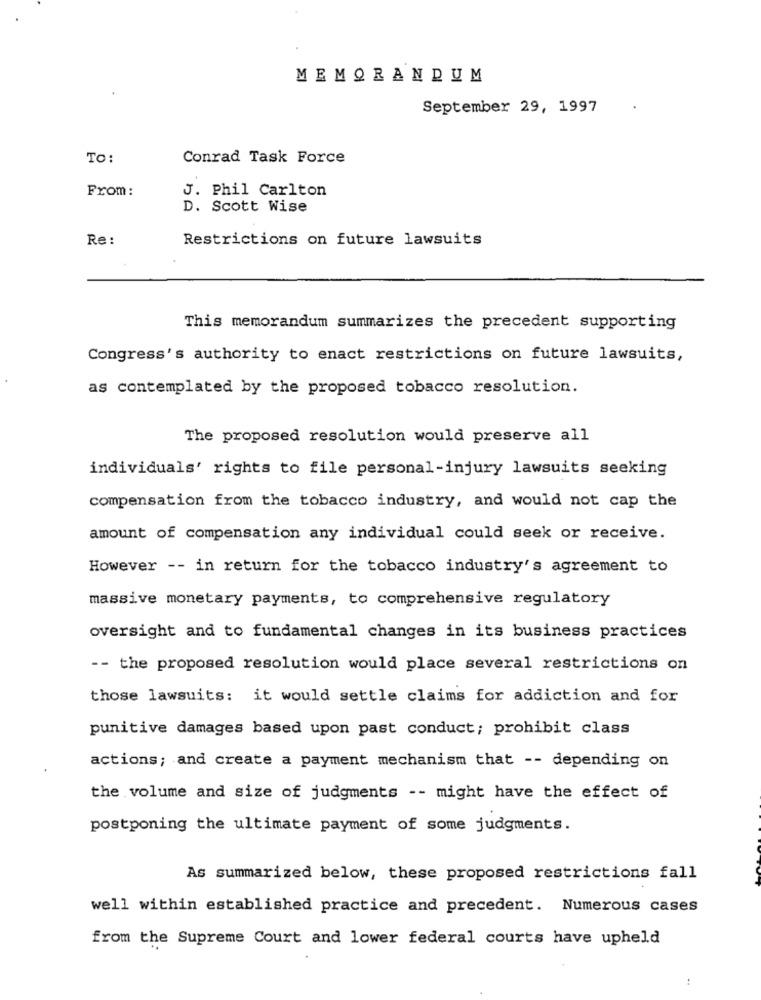
MEMORANDUM
September 29, 1997
TO:
Conrad Task Force
J. Phil Carlton
From:
D. Scott Wise
Re:
Restrictions on future lawsuits
This memorandum summarizes the precedent supporting
Congress's authority to enact restrictions on future lawsuits,
as contemplated by the proposed tobacco resolution.
The proposed resolution would preserve all
individuals' rights to file personal-injury lawsuits seeking
compensation from the tobacco industry, and would not cap the
amount of compensation any individual could seek or receive.
However -- in return for the tobacco industry's agreement to
massive monetary payments, to comprehensive regulatory
oversight and to fundamental changes in its business practices
-- the proposed resolution would place several restrictions on
those lawsuits: it would settle claims for addiction and for
punitive damages based upon past conduct; prohibit class
actions; and create a payment mechanism that -- depending on
the volume and size of judgments -- might have the effect of
postponing the ultimate payment of some judgments.
As summarized below, these proposed restrictions fall
well within established practice and precedent. Numerous cases
from the Supreme Court and lower federal courts have upheld